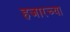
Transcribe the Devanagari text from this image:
हजारच्या